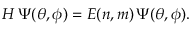
H \, \Psi ( \theta , \phi ) = E ( n , m ) \, \Psi ( \theta , \phi ) .